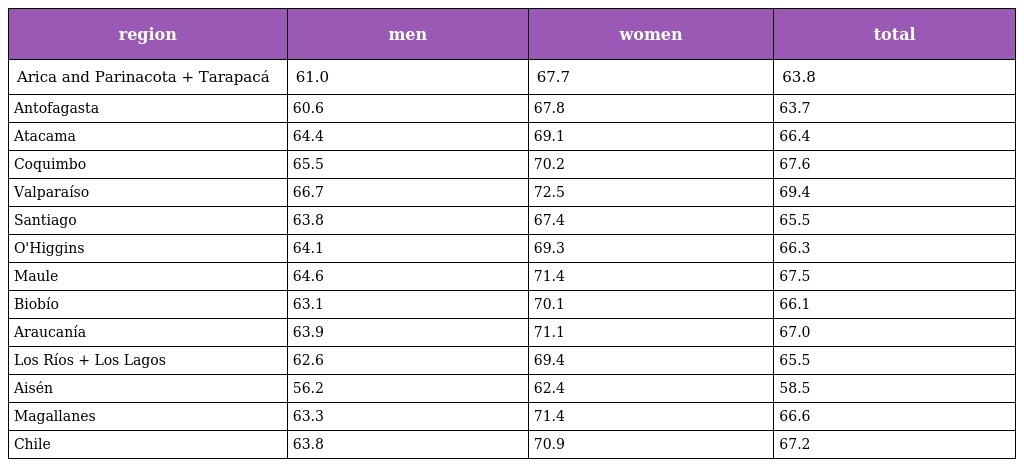
| region | men | women | total |
 | --- | --- | --- | --- |
 | Arica and Parinacota + Tarapacá | 61.0 | 67.7 | 63.8 |
 | Antofagasta | 60.6 | 67.8 | 63.7 |
 | Atacama | 64.4 | 69.1 | 66.4 |
 | Coquimbo | 65.5 | 70.2 | 67.6 |
 | Valparaíso | 66.7 | 72.5 | 69.4 |
 | Santiago | 63.8 | 67.4 | 65.5 |
 | O'Higgins | 64.1 | 69.3 | 66.3 |
 | Maule | 64.6 | 71.4 | 67.5 |
 | Biobío | 63.1 | 70.1 | 66.1 |
 | Araucanía | 63.9 | 71.1 | 67.0 |
 | Los Ríos + Los Lagos | 62.6 | 69.4 | 65.5 |
 | Aisén | 56.2 | 62.4 | 58.5 |
 | Magallanes | 63.3 | 71.4 | 66.6 |
 | Chile | 63.8 | 70.9 | 67.2 |